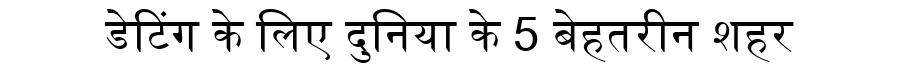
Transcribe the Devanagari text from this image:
डेटिंग के लिए दुनिया के 5 बेहतरीन शहर